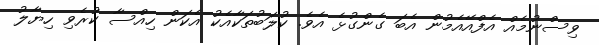
ވިސްނުމެއް އެފްއޭއެމުން އެބަ ގެންގުޅެ އެވެ. ކުލަބުތަކާއެކު އެކަން ހިއްސާ ކުރެވި ހިޔާލު